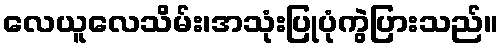
လေယူလေသိမ်း၊အသုံးပြုပုံကွဲပြားသည်။